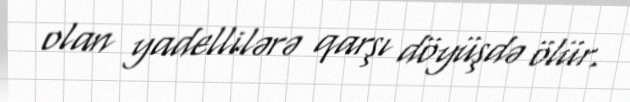
olan yadellilərə qarşı döyüşdə ölür.